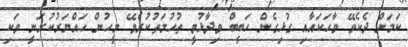
ކަމަށް ދެކެވޭ ވާހަކައާއި ގުޅިގެން ހަބީބް ވިދާޅުވީ ތުހުމަތުކުރެވޭ މީހުން ހައްޔަރުކުރަނީ ވަކި